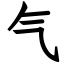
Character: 气